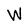
Character: W